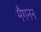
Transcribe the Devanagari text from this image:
मैगनन